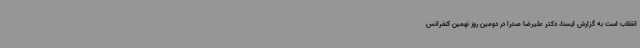
انقلاب است به گزارش ایسنا، دکتر علیرضا صدرا در دومین روز نهمین کنفرانس